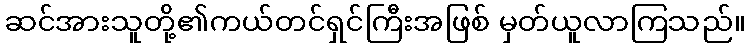
ဆင်အားသူတို့၏ကယ်တင်ရှင်ကြီးအဖြစ် မှတ်ယူလာကြသည်။